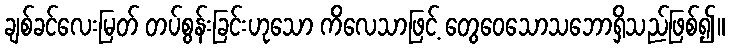
ချစ်ခင်လေးမြတ် တပ်စွန်းခြင်းဟုသော ကိလေသာဖြင့် တွေဝေသောသဘောရှိသည်ဖြစ်၍။